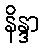
နိန္ဒာ